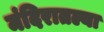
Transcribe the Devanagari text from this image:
मंदिरातल्या